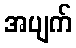
အပျက်